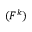
( F ^ { k } )